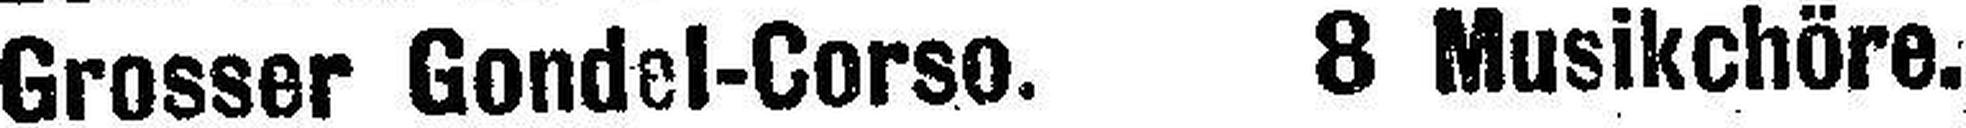
Grosser Gondel-Corso. 8 Musikchöre.